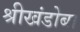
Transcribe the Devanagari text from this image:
श्रीखंडोबा